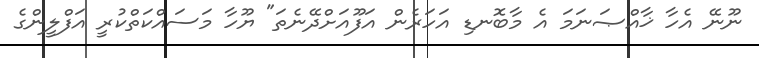
ނޫނޭ އެހާ ޚާއްޞަނަމަ އެ މާބޮނޑި އަހަރެން އަފޫއަށްދޭނެތަ" ޔޫހާ މަސައްކަތްކުރީ އަފްލީންގެ